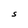
Character: S